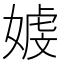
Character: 𪦒